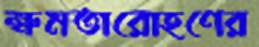
ক্ষমতারোহণের